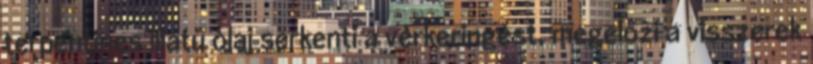
terpentines illatú olaj serkenti a vérkeringést, megelőzi a visszerek